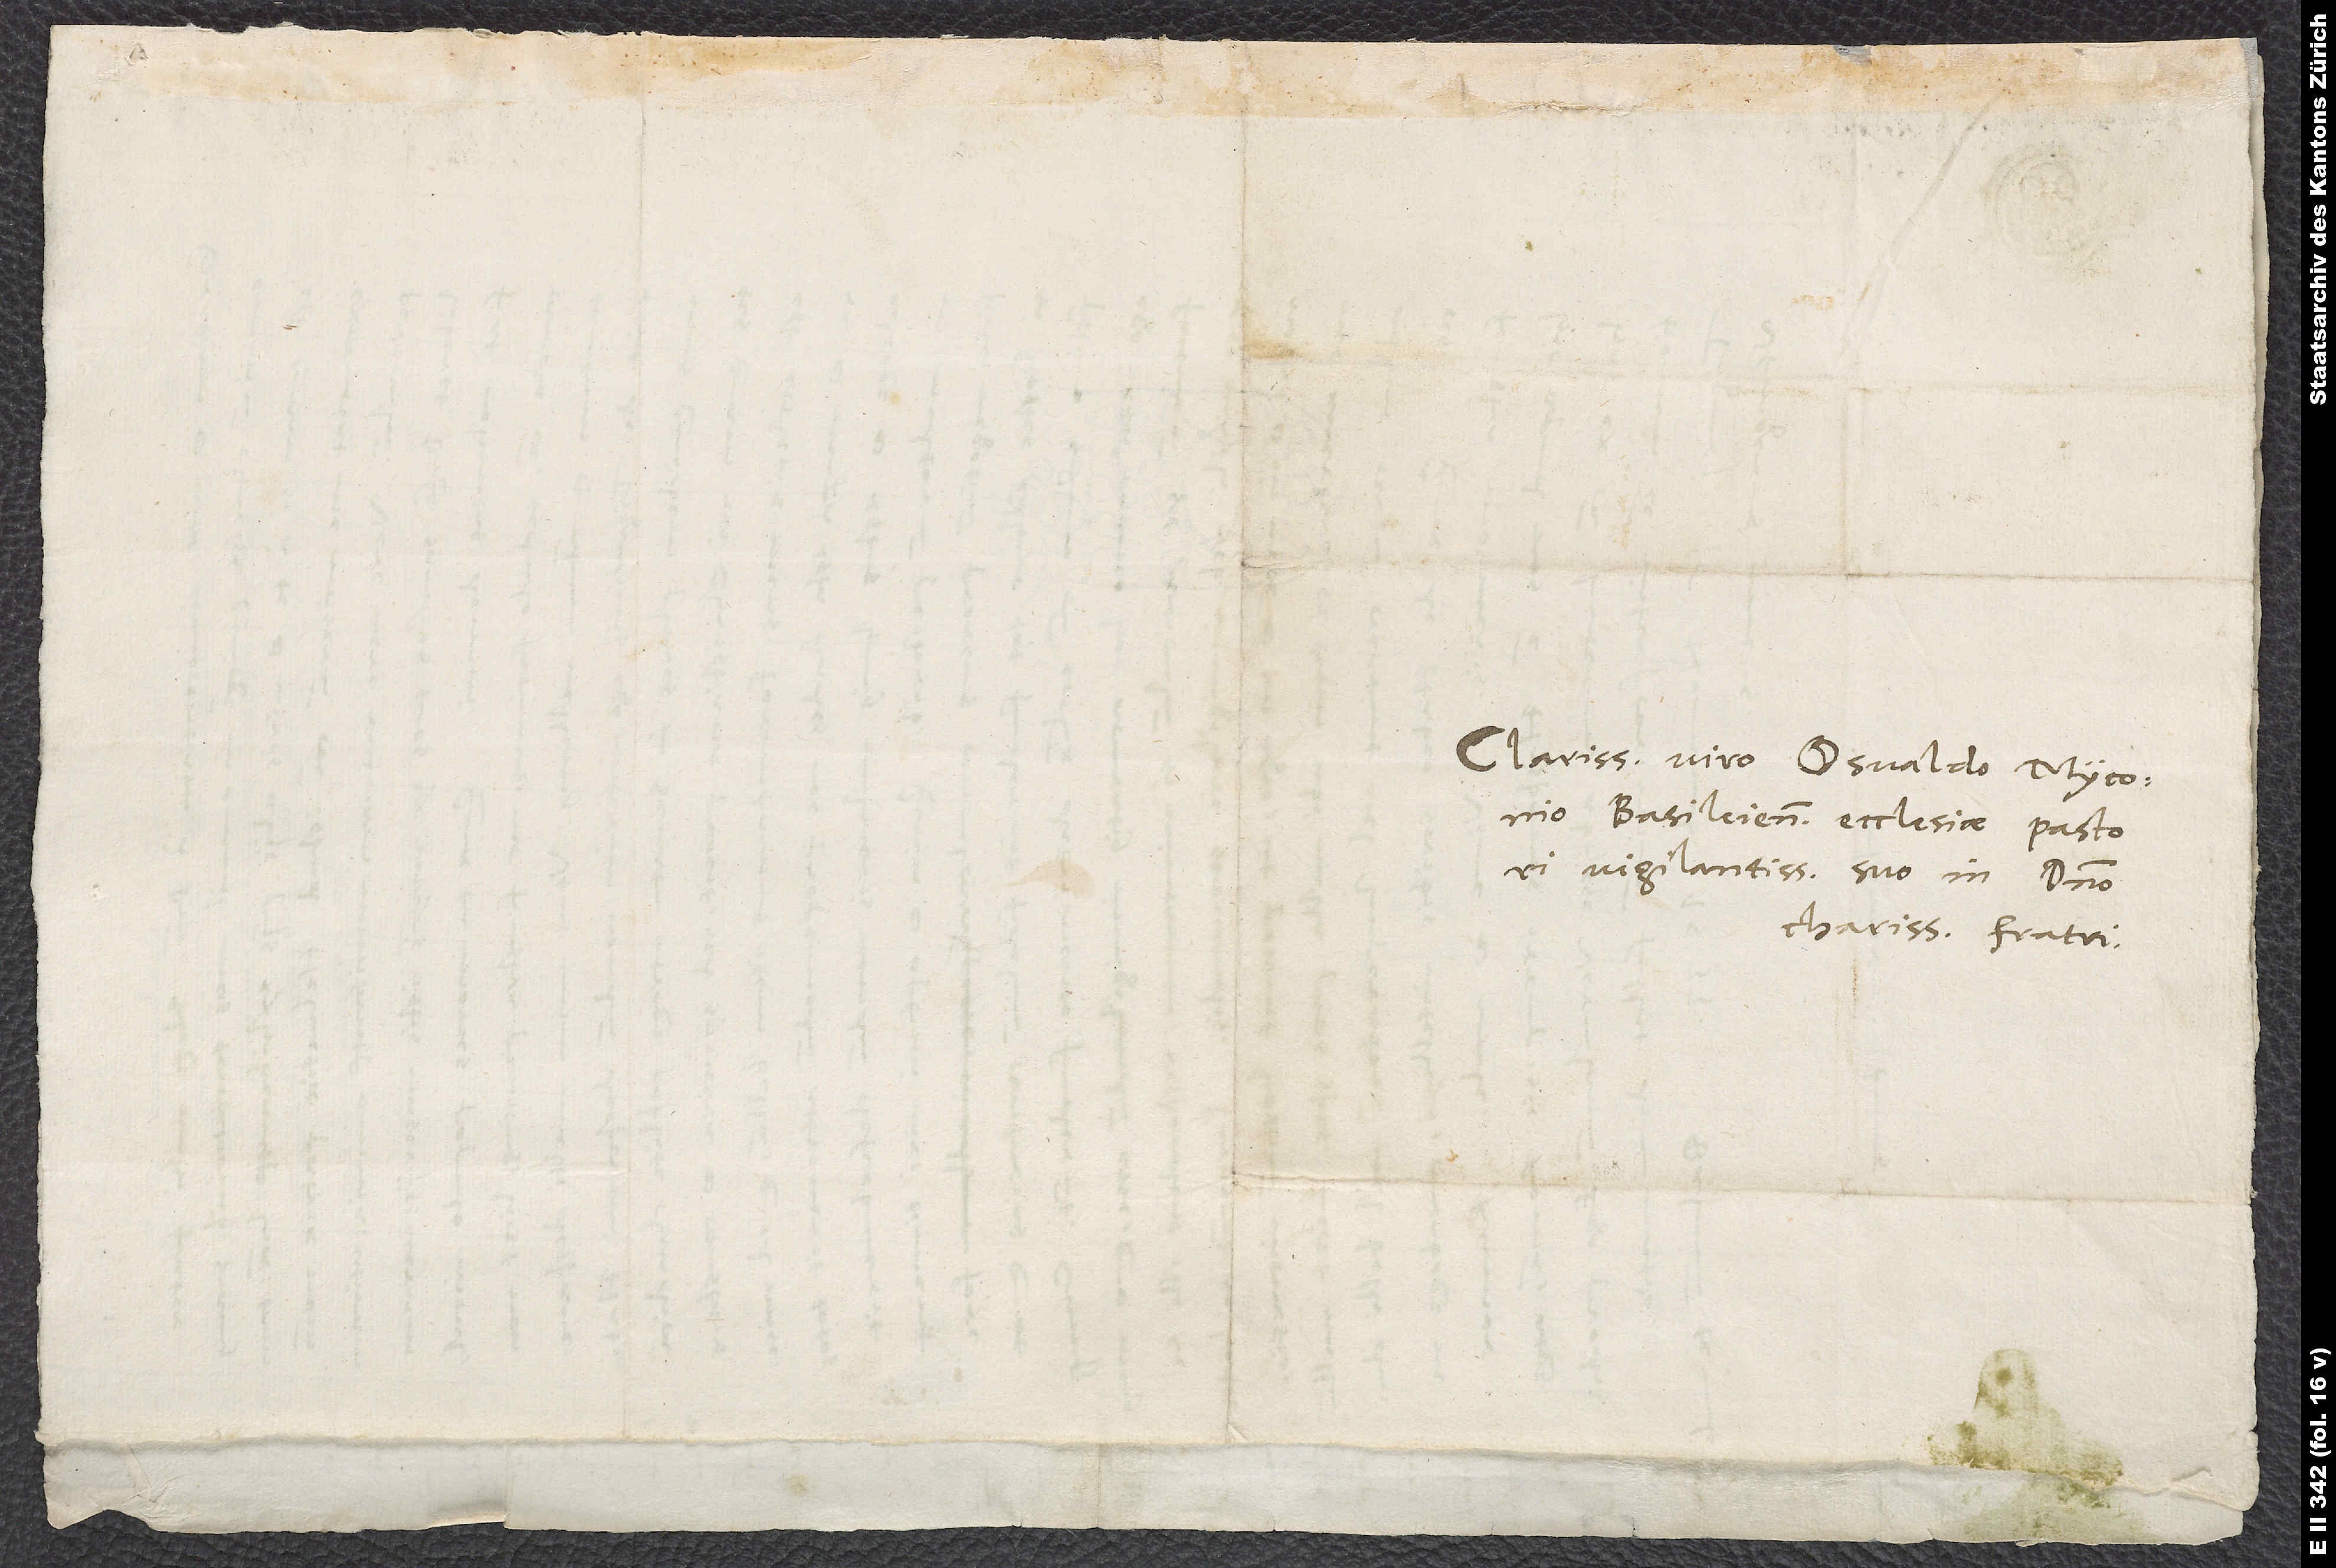
Clarissimo viro Osvaldo Myconio,
Basileiensis ecclesiae pastori
vigilantissimo, suo in domino
charissimo fratri.